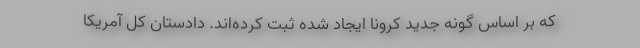
که بر اساس گونه جدید کرونا ایجاد شده ثبت کرده‌اند. دادستان کل آمریکا